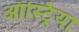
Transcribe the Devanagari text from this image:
ऑस्‍ट्रिया